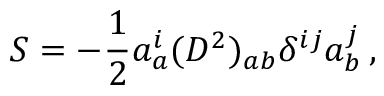
S = - \frac { 1 } { 2 } a _ { a } ^ { i } ( D ^ { 2 } ) _ { a b } { \delta } ^ { i j } a _ { b } ^ { j } \, ,